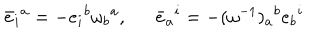
\bar { e } _ { i } { } ^ { a } = - e _ { i } { } ^ { b } \omega _ { b } { } ^ { a } , \bar { e } _ { a } { } ^ { i } = - ( \omega ^ { - 1 } ) _ { a } { } ^ { b } e _ { b } { } ^ { i }